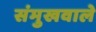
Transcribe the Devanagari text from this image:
संमुखवाले